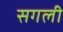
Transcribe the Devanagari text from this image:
सगली